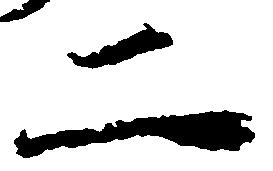
二